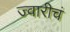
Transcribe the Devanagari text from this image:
ज्वारीचं